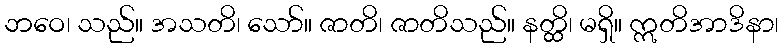
ဘဝေ၊ သည်။ အသတိ၊ သော်။ ဇာတိ၊ ဇာတိသည်။ နတ္ထိ၊ မရှိ။ ဣတိအာဒိနာ၊